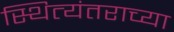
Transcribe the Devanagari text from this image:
स्थित्यंतराच्या